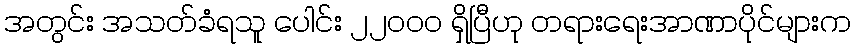
အတွင်း အသတ်ခံရသူ ပေါင်း ၂၂၀၀၀ ရှိပြီဟု တရားရေးအာဏာပိုင်များက